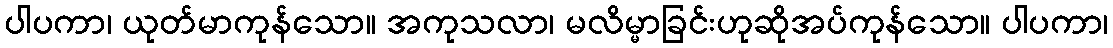
ပါပကာ၊ ယုတ်မာကုန်သော။ အကုသလာ၊ မလိမ္မာခြင်းဟုဆိုအပ်ကုန်သော။ ပါပကာ၊